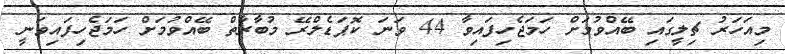
މިއަހަރު ޗިލީގައި ބޭއްވުމަށް ހަމަޖެހިފައިވާ 44 ވަނަ ކޮޕަޑެލްރޭ މުބާރާތް ބޭއްވުމަށް ހަމަޖެހިފައިވަނީ